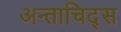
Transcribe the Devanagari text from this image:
अन्ताचिद्स